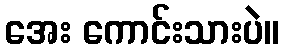
အေး ကောင်းသားပဲ။